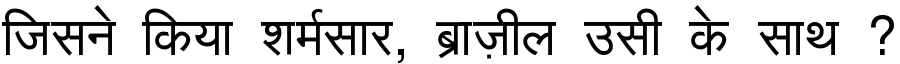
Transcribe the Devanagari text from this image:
जिसने किया शर्मसार, ब्राज़ील उसी के साथ ?